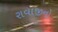
રાવાજીનો